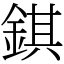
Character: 錤